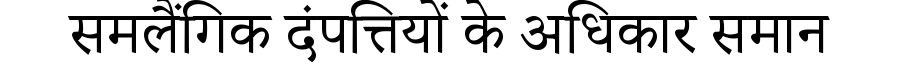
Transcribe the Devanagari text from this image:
समलैंगिक दंपत्तियों के अधिकार समान